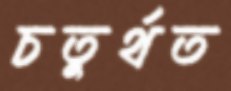
চতুর্থত